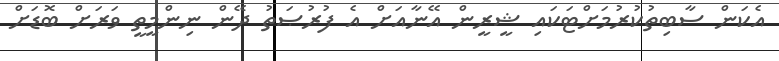
އެކަން ސާބިތުކުރުމަށްޓަކައި ޝީރީން އޭނާއަށް އެ ފުރުޞަތު ދޭން ނިންމީތީ ވަރަށް ބޮޑަށް